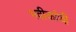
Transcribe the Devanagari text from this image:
भवीकांची